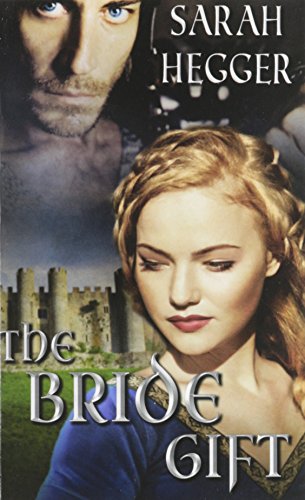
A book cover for The Bride Gift; Sarah Hegger; Romance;